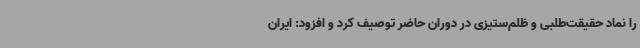
را نماد حقیقت‌طلبی و ظلم‌ستیزی در دوران حاضر توصیف کرد و افزود: ایران